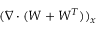
( \nabla \cdot ( W + W ^ { T } ) ) _ { x }